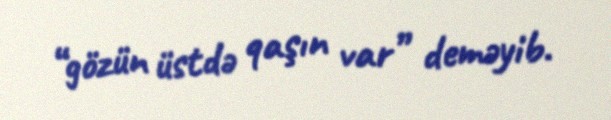
“gözün üstdə qaşın var” deməyib.